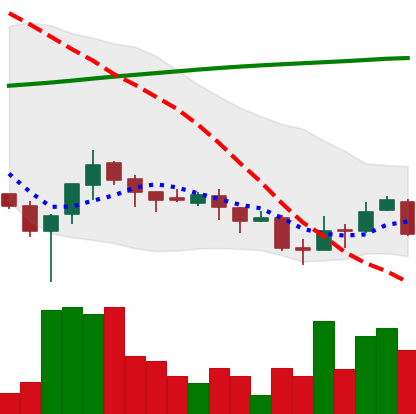
Ticker: XLM-USD
Chart end date: 2018-04-04
Forward return: -3.319%
Label: down_3_5